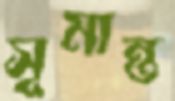
সূমান্ত